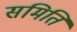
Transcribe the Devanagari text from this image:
समिति